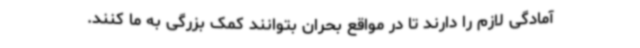
آمادگی لازم را دارند تا در مواقع بحران بتوانند کمک بزرگی به ما کنند.